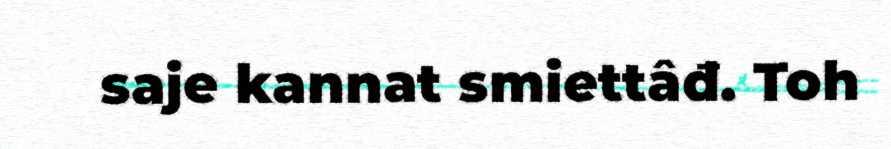
saje kannat smiettâđ. Toh